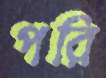
পরি